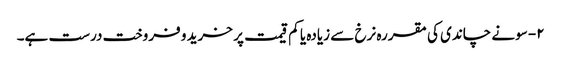
۲- سونے چاندی کی مقررہ نرخ سے زیادہ یا کم قیمت پر خرید و فروخت درست ہے۔